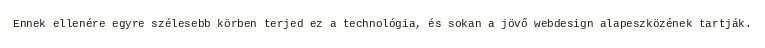
Ennek ellenére egyre szélesebb körben terjed ez a technológia, és sokan a jövő webdesign alapeszközének tartják.